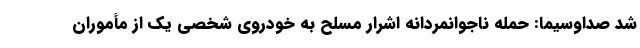
شد صداوسیما: حمله ناجوانمردانه اشرار مسلح به خودروی شخصی یک از مأموران